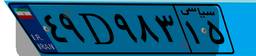
۷۴D۴۲۲۵۲